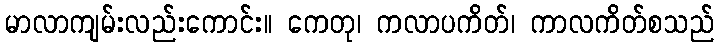
မာလာကျမ်းလည်းကောင်း။ ကေတု၊ ကလာပကိတ်၊ ကာလကိတ်စသည်